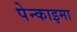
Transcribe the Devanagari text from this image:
पेन्काइमा